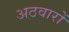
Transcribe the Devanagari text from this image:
अठवारों